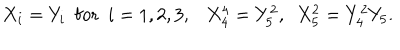
X _ { i } = Y _ { i } \ \ \mathrm { f o r } \ \ i = 1 , 2 , 3 , \ \ \ X _ { 4 } ^ { 4 } = Y _ { 5 } ^ { 2 } , \ \ X _ { 5 } ^ { 2 } = Y _ { 4 } ^ { 2 } Y _ { 5 } .